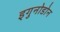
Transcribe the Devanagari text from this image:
इगुनोडोन